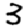
Digit: 3